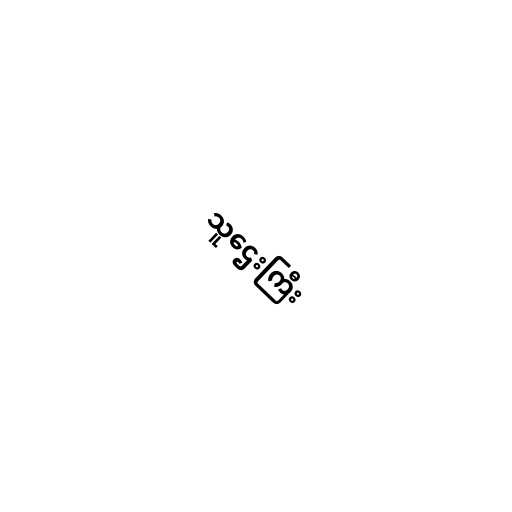
သူဌေးကြီး